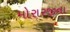
મોરારજીના